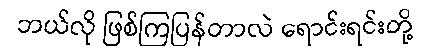
ဘယ်လို ဖြစ်ကြပြန်တာလဲ ရောင်းရင်းတို့